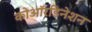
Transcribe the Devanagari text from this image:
कोऑरडिनेशन